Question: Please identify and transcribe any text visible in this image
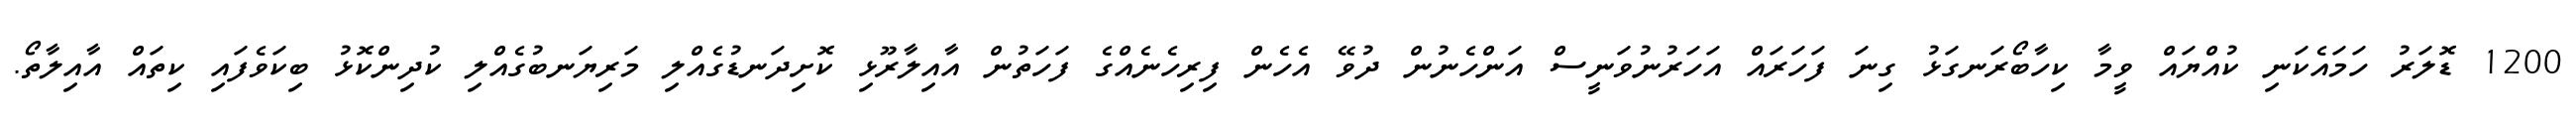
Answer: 1200 ޑޮލަރު ހަމައެކަނި ކުއްޔައް ވީމާ ކިހާބޯރަނގަޅު ގިނަ ފަހަރައް އަހަރުނުވަނީސް އަންހެނުން ދުވޭ އެހެން ފިރިހެނެއްގެ ފަހަތުން އާއިލާރޫޅި ކޮށިދަނޑުގެއްލި މަރިޔަނބުގެއްލި ކުދިންކޮޅު ބިކަވެފައި ކިތައް އާއިލާތޯ.